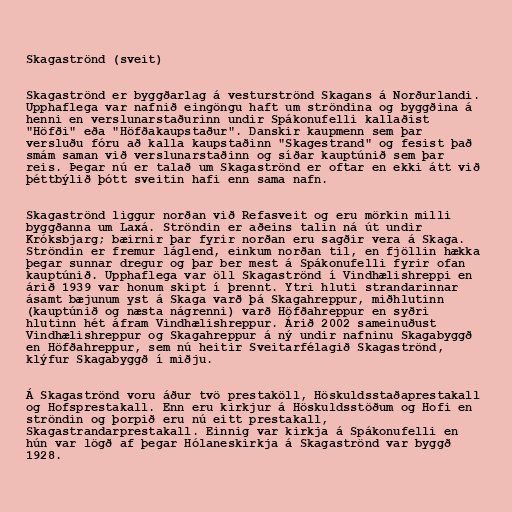
Skagaströnd (sveit)

Skagaströnd er byggðarlag á vesturströnd Skagans á Norðurlandi.
Upphaflega var nafnið eingöngu haft um ströndina og byggðina á
henni en verslunarstaðurinn undir Spákonufelli kallaðist
"Höfði" eða "Höfðakaupstaður". Danskir kaupmenn sem þar
versluðu fóru að kalla kaupstaðinn "Skagestrand" og fesist það
smám saman við verslunarstaðinn og síðar kauptúnið sem þar
reis. Þegar nú er talað um Skagaströnd er oftar en ekki átt við
þéttbýlið þótt sveitin hafi enn sama nafn.

Skagaströnd liggur norðan við Refasveit og eru mörkin milli
byggðanna um Laxá. Ströndin er aðeins talin ná út undir
Króksbjarg; bæirnir þar fyrir norðan eru sagðir vera á Skaga.
Ströndin er fremur láglend, einkum norðan til, en fjöllin hækka
þegar sunnar dregur og þar ber mest á Spákonufelli fyrir ofan
kauptúnið. Upphaflega var öll Skagaströnd í Vindhælishreppi en
árið 1939 var honum skipt í þrennt. Ytri hluti strandarinnar
ásamt bæjunum yst á Skaga varð þá Skagahreppur, miðhlutinn
(kauptúnið og næsta nágrenni) varð Höfðahreppur en syðri
hlutinn hét áfram Vindhælishreppur. Árið 2002 sameinuðust
Vindhælishreppur og Skagahreppur á ný undir nafninu Skagabyggð
en Höfðahreppur, sem nú heitir Sveitarfélagið Skagaströnd,
klýfur Skagabyggð í miðju.

Á Skagaströnd voru áður tvö prestaköll, Höskuldsstaðaprestakall
og Hofsprestakall. Enn eru kirkjur á Höskuldsstöðum og Hofi en
ströndin og þorpið eru nú eitt prestakall,
Skagastrandarprestakall. Einnig var kirkja á Spákonufelli en
hún var lögð af þegar Hólaneskirkja á Skagaströnd var byggð
1928.